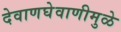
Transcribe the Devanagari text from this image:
देवाणघेवाणीमुळे